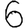
Digit: 6